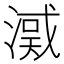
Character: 㵄